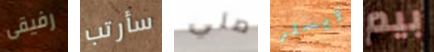
رفيقى سأرتب صلي ويسلر بيم